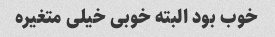
خوب بود البته خوبی خیلی متغیره